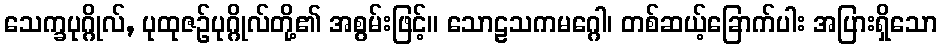
သေက္ခပုဂ္ဂိုလ်, ပုထုဇဉ်ပုဂ္ဂိုလ်တို့၏ အစွမ်းဖြင့်။ သောဠသကမဂ္ဂေါ၊ တစ်ဆယ့်ခြောက်ပါး အပြားရှိသော